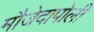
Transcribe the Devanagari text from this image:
मौजेदापोली